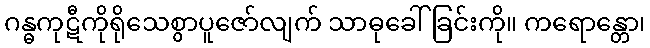
ဂန္ဓကုဋီကိုရိုသေစွာပူဇော်လျက် သာဓုခေါ်ခြင်းကို။ ကရောန္တော၊